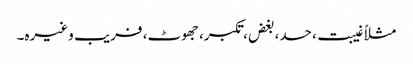
مثلاً غیبت، حسد، بغض، تکبر، جھوٹ، فریب وغیرہ۔